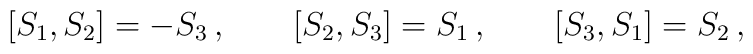
[S_1,S_2]=-S_3\,,\qquad [S_2,S_3]=S_1\,,\qquad [S_3,S_1]=S_2\,,